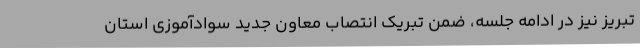
تبریز نیز در ادامه جلسه، ضمن تبریک انتصاب معاون جدید سوادآموزی استان